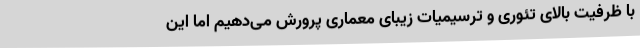
با ظرفیت بالای تئوری و ترسیمیات زیبای معماری پرورش می‌دهیم اما این